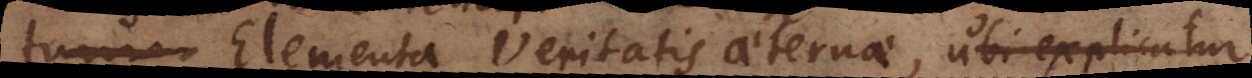
Elementa Veritatis aeternae, ubi explicatur